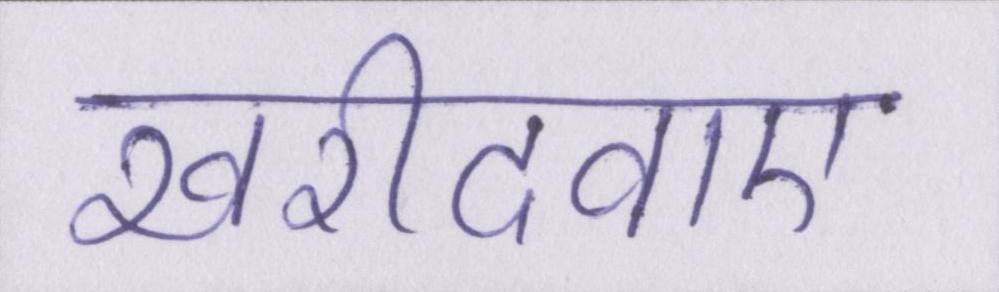
खरीदवाए